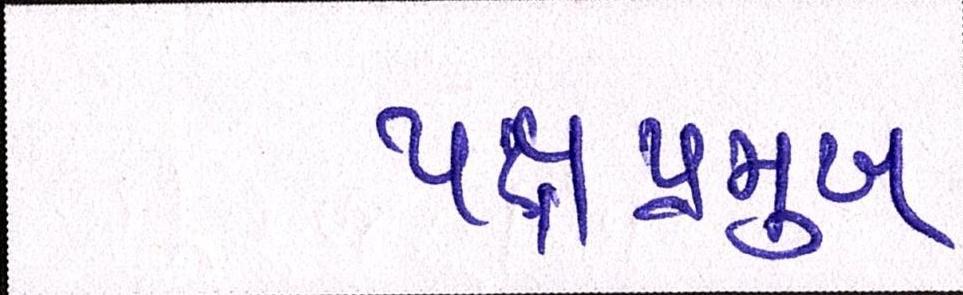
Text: પક્ષપ્રમુખ